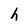
Character: h